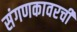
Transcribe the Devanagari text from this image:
संगणकावरची